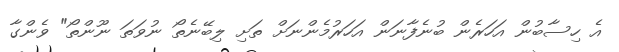
އެ ހިސާބުން އަހަރެން ބުނެފާނަން އަހަރުމެންނަށް ތަށި ލިބޭނެތޯ ނުވަތަ ނޫންތޯ" ވެންގާ